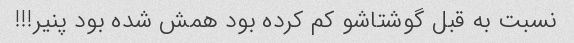
نسبت به قبل گوشتاشو کم کرده بود همش شده بود پنیر!!!